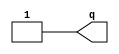
module submod(output q);
wire aa = 1'b1;
assign q = aa;
endmodule

module top(output q);
wire \submod_i.aa ;
submod submod_i(.q(\submod_i.aa ));
assign q = \submod_i.aa ;
endmodule